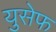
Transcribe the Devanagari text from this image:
युसेफ